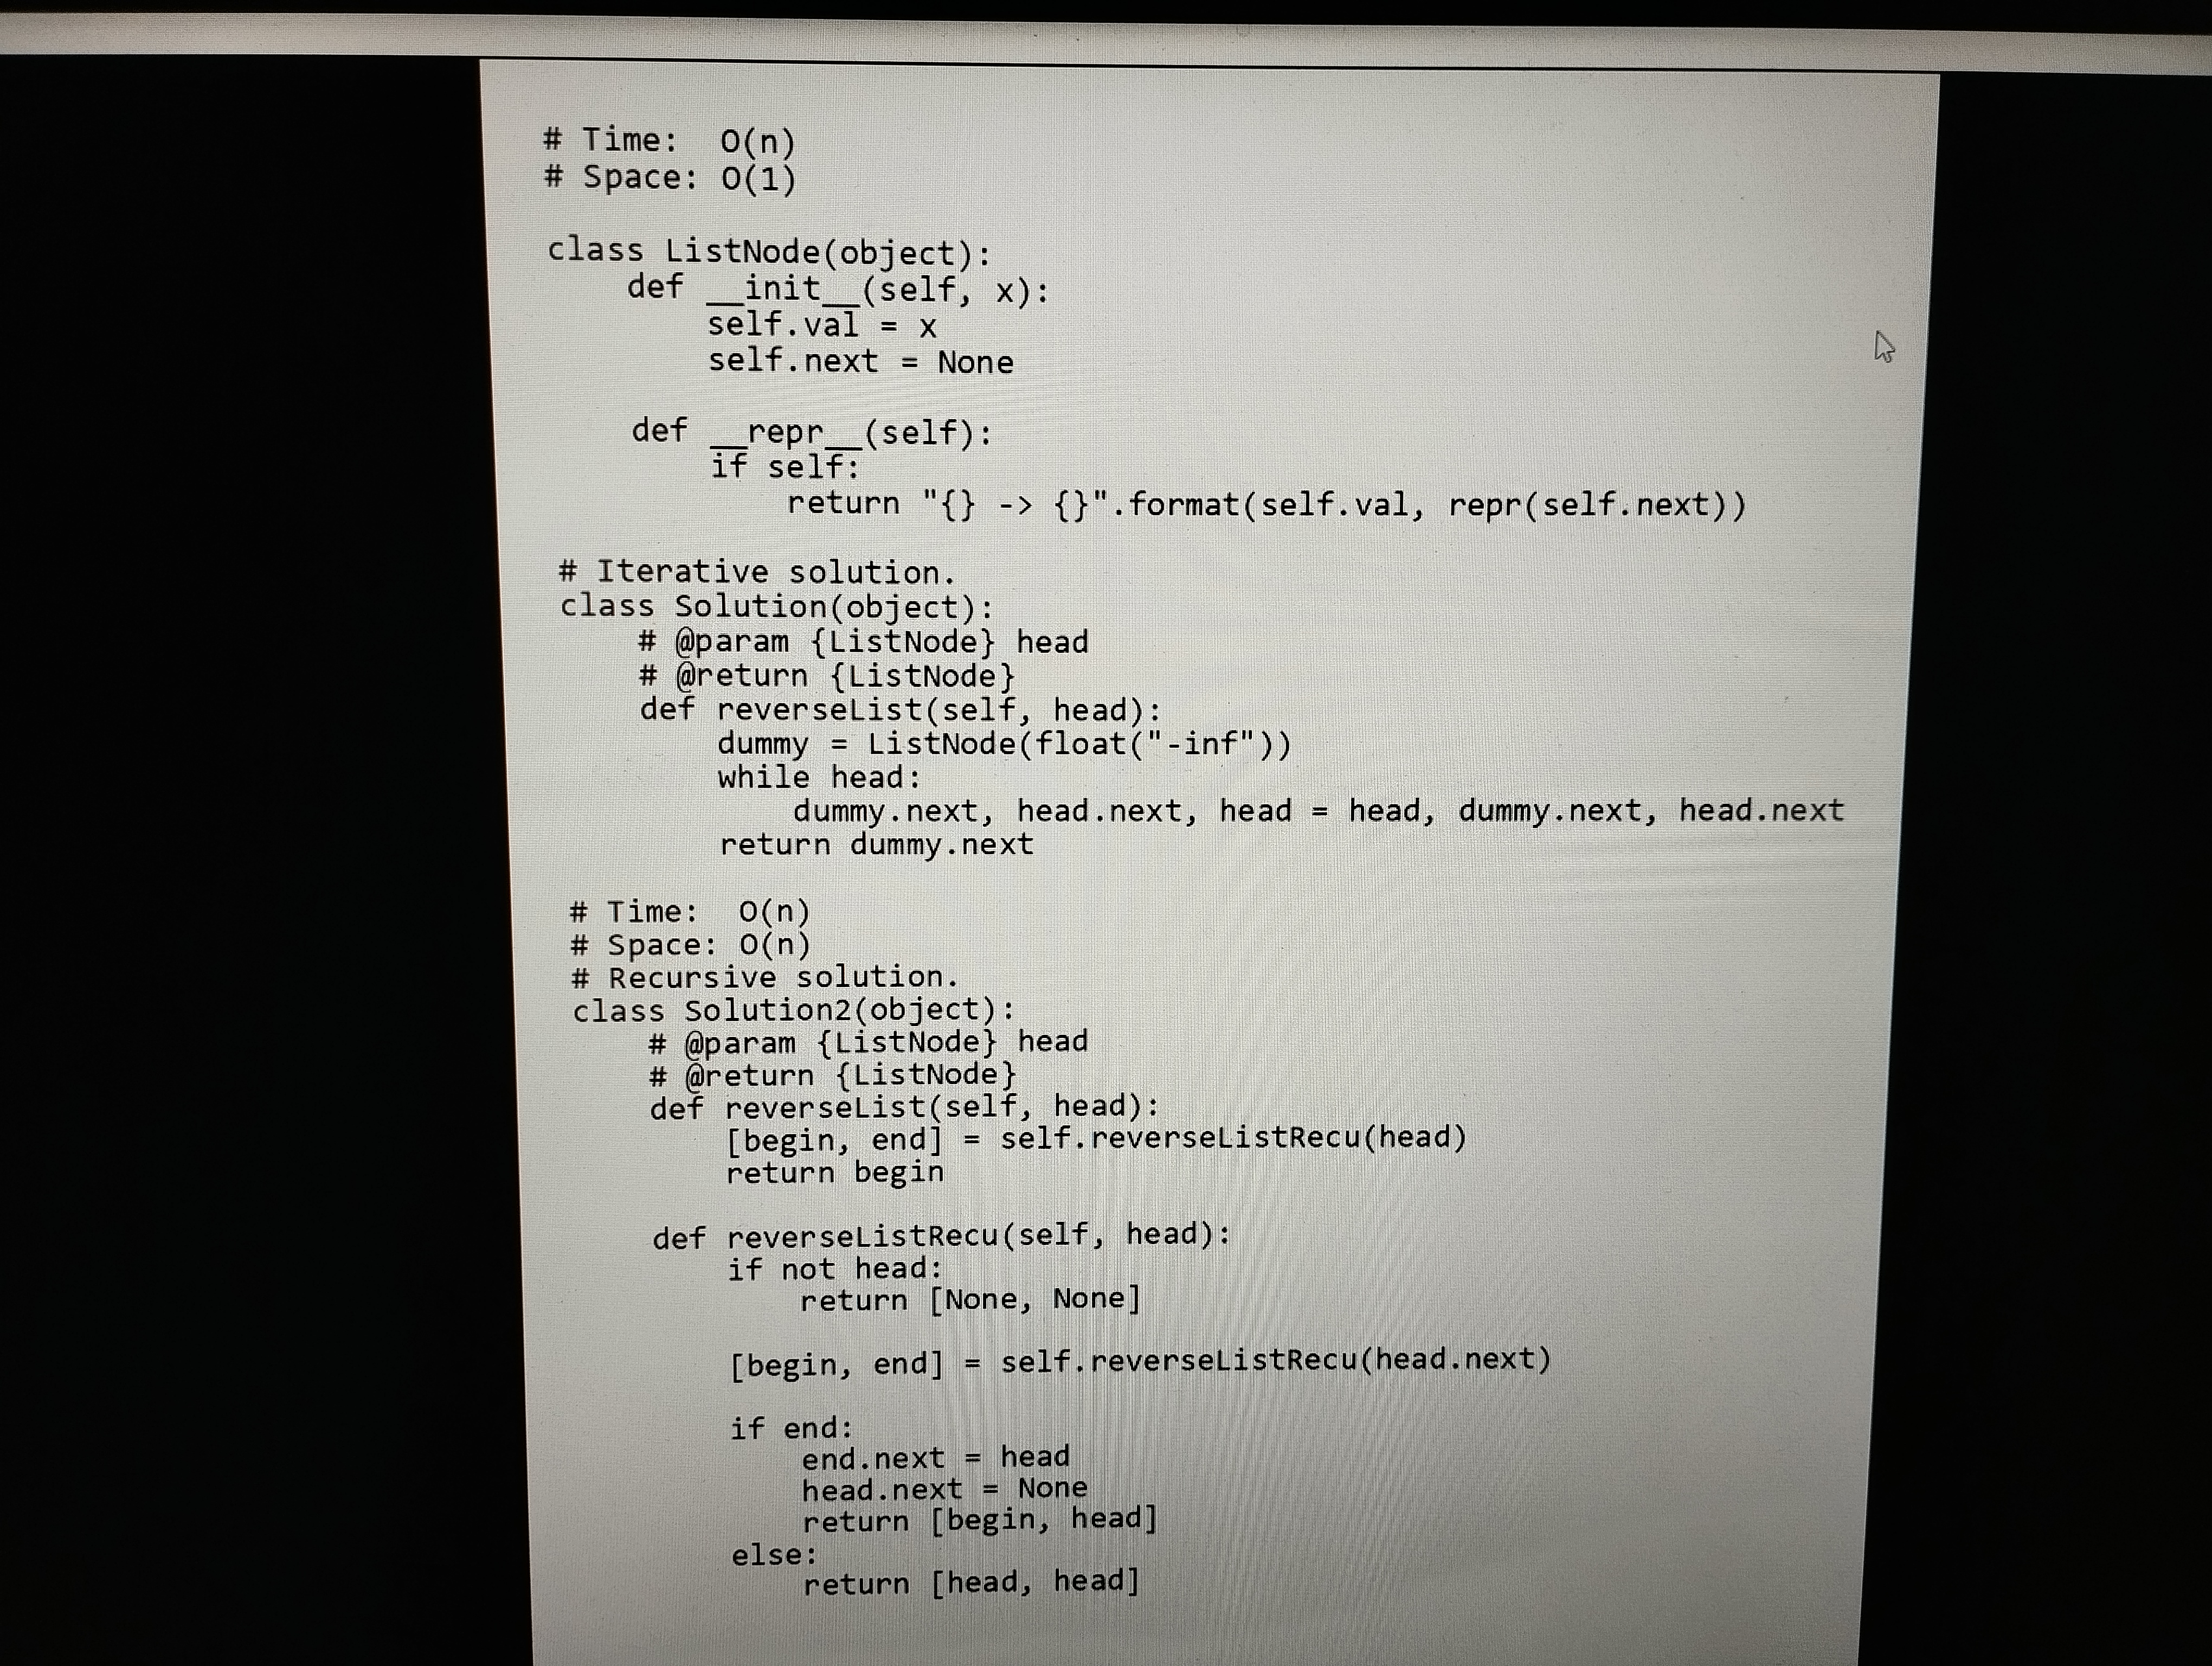
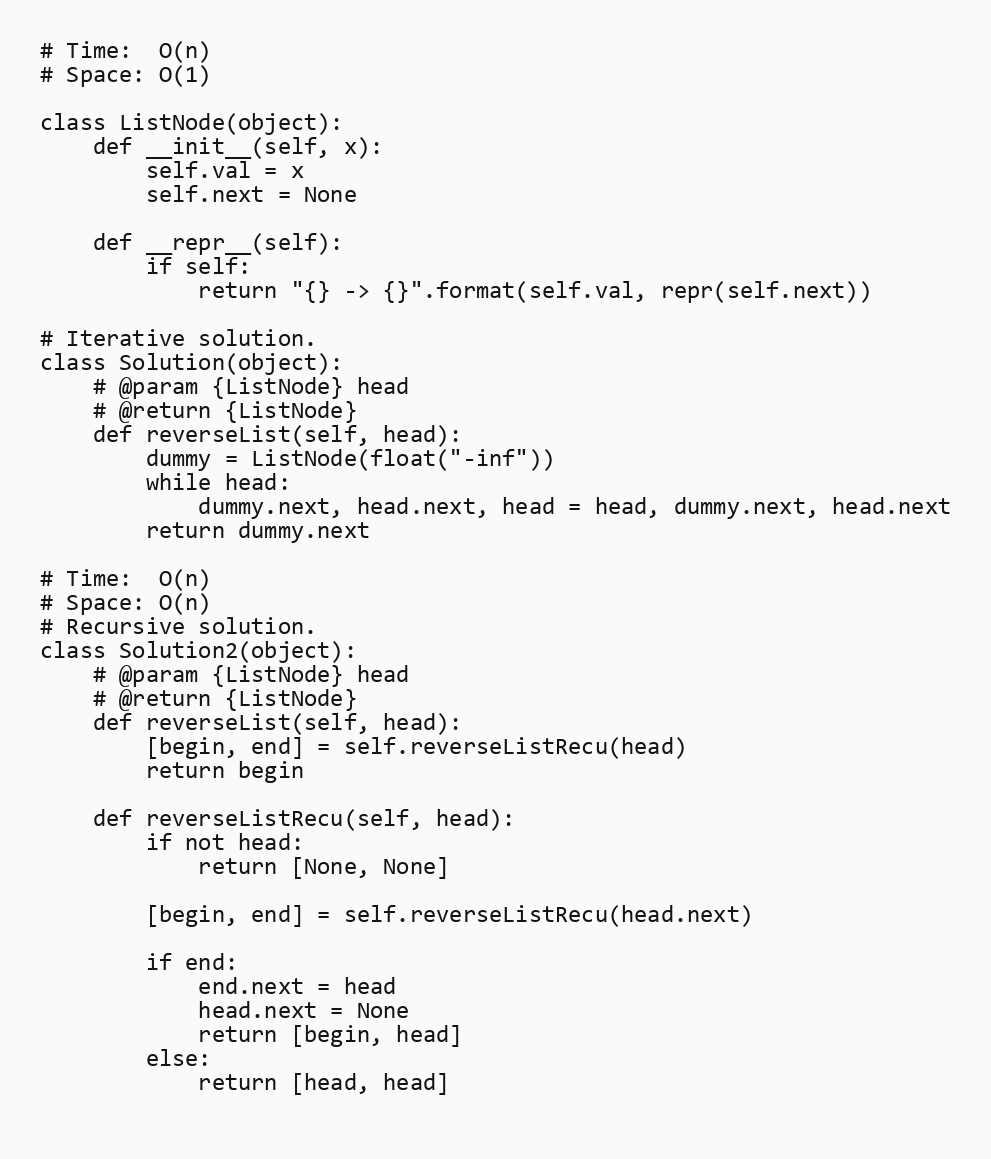
# Time:  O(n)
# Space: O(1)

class ListNode(object):
    def __init__(self, x):
        self.val = x
        self.next = None

    def __repr__(self):
        if self:
            return "{} -> {}".format(self.val, repr(self.next))

# Iterative solution.
class Solution(object):
    # @param {ListNode} head
    # @return {ListNode}
    def reverseList(self, head):
        dummy = ListNode(float("-inf"))
        while head:
            dummy.next, head.next, head = head, dummy.next, head.next
        return dummy.next

# Time:  O(n)
# Space: O(n)
# Recursive solution.
class Solution2(object):
    # @param {ListNode} head
    # @return {ListNode}
    def reverseList(self, head):
        [begin, end] = self.reverseListRecu(head)
        return begin

    def reverseListRecu(self, head):
        if not head:
            return [None, None]

        [begin, end] = self.reverseListRecu(head.next)

        if end:
            end.next = head
            head.next = None
            return [begin, head]
        else:
            return [head, head]